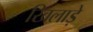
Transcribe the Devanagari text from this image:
खिलाड़े